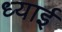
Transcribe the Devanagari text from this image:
ध्याई